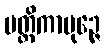
မတ္တိကာပုဉ္ဇေ